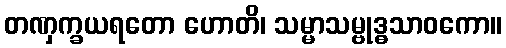
တဏှက္ခယရတော ဟောတိ၊ သမ္မာသမ္ဗုဒ္ဓသာဝကော။